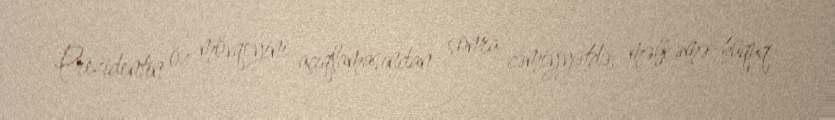
Prezidentin öz mövqeyini açıqlamasından sonra cəmiyyətdə, məhkəmə-hüquq